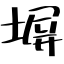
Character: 塀